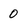
Character: 0